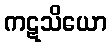
ကဋသိယော